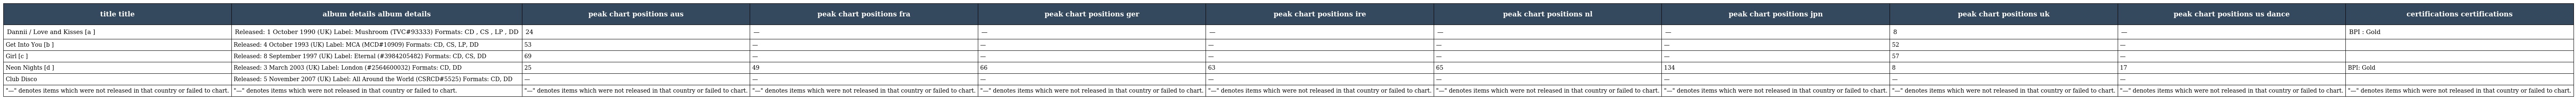
| title title | album details album details | peak chart positions aus | peak chart positions fra | peak chart positions ger | peak chart positions ire | peak chart positions nl | peak chart positions jpn | peak chart positions uk | peak chart positions us dance | certifications certifications |
 | --- | --- | --- | --- | --- | --- | --- | --- | --- | --- | --- |
 | Dannii / Love and Kisses [a ] | Released: 1 October 1990 (UK) Label: Mushroom (TVC#93333) Formats: CD , CS , LP , DD | 24 | — | — | — | — | — | 8 | — | BPI : Gold |
 | Get Into You [b ] | Released: 4 October 1993 (UK) Label: MCA (MCD#10909) Formats: CD, CS, LP, DD | 53 | — | — | — | — | — | 52 | — |  |
 | Girl [c ] | Released: 8 September 1997 (UK) Label: Eternal (#3984205482) Formats: CD, CS, DD | 69 | — | — | — | — | — | 57 | — |  |
 | Neon Nights [d ] | Released: 3 March 2003 (UK) Label: London (#2564600032) Formats: CD, DD | 25 | 49 | 66 | 63 | 65 | 134 | 8 | 17 | BPI: Gold |
 | Club Disco | Released: 5 November 2007 (UK) Label: All Around the World (CSRCD#5525) Formats: CD, DD | — | — | — | — | — | — | — | — |  |
 | "—" denotes items which were not released in that country or failed to chart. | "—" denotes items which were not released in that country or failed to chart. | "—" denotes items which were not released in that country or failed to chart. | "—" denotes items which were not released in that country or failed to chart. | "—" denotes items which were not released in that country or failed to chart. | "—" denotes items which were not released in that country or failed to chart. | "—" denotes items which were not released in that country or failed to chart. | "—" denotes items which were not released in that country or failed to chart. | "—" denotes items which were not released in that country or failed to chart. | "—" denotes items which were not released in that country or failed to chart. | "—" denotes items which were not released in that country or failed to chart. |